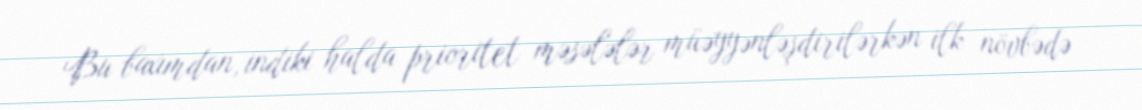
Bu baxımdan, indiki halda prioritet məsələlər müəyyənləşdirilərkən ilk növbədə